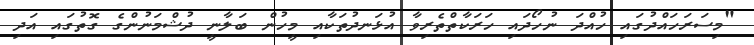
"މިސަރަހައްދުގައި ހުއްދަ ނުހޯދައި ހަރަކާތްތެރިވާ އުޅަނދުތަކާއި މީހުން ބަލާނީ ދުޝްމަނުންގެ ގޮތުގައި އަދި